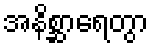
အနိစ္ဆာရေတွာ